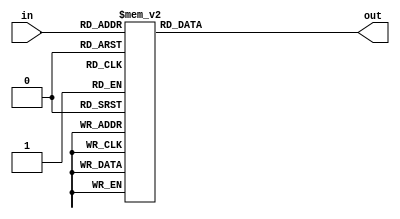
module decoder(in,out);

input [3:0] in;
output [15:0] out;
reg [15:0] out;
always @*
begin
case(in)
4'b0000: out = 16'b0000000000000001;
4'b0001: out = 16'b0000000000000010;
4'b0010: out = 16'b0000000000000100;
4'b0011: out = 16'b0000000000001000;
4'b0100: out = 16'b0000000000010000;
4'b0101: out = 16'b0000000000100000;
4'b0110: out = 16'b0000000001000000;
4'b0111: out = 16'b0000000010000000;
4'b1000: out = 16'b0000000100000000;
4'b1001: out = 16'b0000001000000000;
4'b1010: out = 16'b0000010000000000;
4'b1011: out = 16'b0000100000000000;
4'b1100: out = 16'b0001000000000000;
4'b1101: out = 16'b0010000000000000;
4'b1110: out = 16'b0100000000000000;
4'b1111: out = 16'b1000000000000000;
endcase
end
endmodule